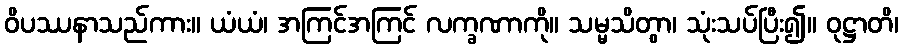
ဝိပဿနာသည်ကား။ ယံယံ၊ အကြင်အကြင် လက္ခဏာကို။ သမ္မသိတွာ၊ သုံးသပ်ပြီး၍။ ဝုဋ္ဌာတိ၊